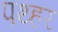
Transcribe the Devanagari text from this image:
पथ्हर